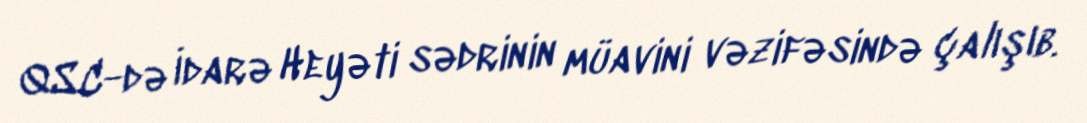
QSC-də İdarə Heyəti sədrinin müavini vəzifəsində çalışıb.